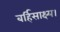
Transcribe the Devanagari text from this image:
बर्हिसाक्ष्य।